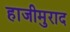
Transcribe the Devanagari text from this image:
हाजीमुराद